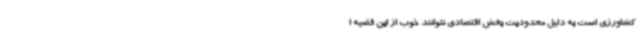
کشاورزی است به دلیل محدودیت بخش اقتصادی نتوانند خوب از این قضیه ا